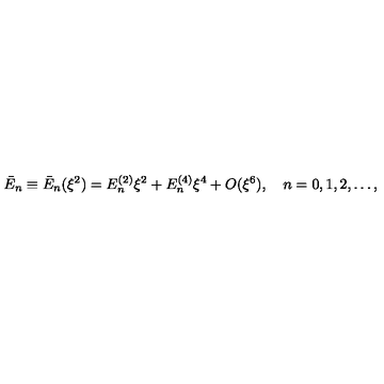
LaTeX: \bar { E } _ { n } \equiv \bar { E } _ { n } ( \xi ^ { 2 } ) = E _ { n } ^ { ( 2 ) } \xi ^ { 2 } + E _ { n } ^ { ( 4 ) } \xi ^ { 4 } + O ( \xi ^ { 6 } ) , \quad n = 0 , 1 , 2 , \dots ,